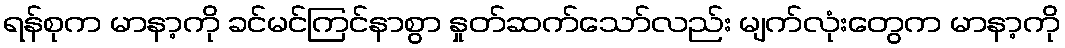
ရန်စုက မာနာ့ကို ခင်မင်ကြင်နာစွာ နှုတ်ဆက်သော်လည်း မျက်လုံးတွေက မာနာ့ကို